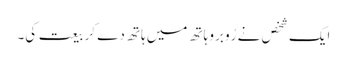
ایک شخص نے رُو برو ہاتھ میں ہاتھ دے کر بیعت کی۔